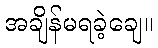
အချိန်မရခဲ့ချေ။